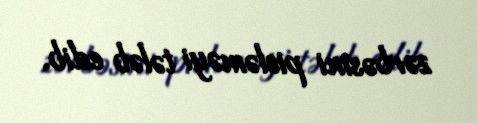
zərbəsini pisləməyi tələb edib.